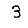
Digit: 3